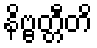
နိဗ္ဗတ္တီတိ